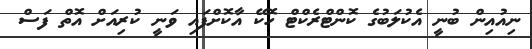
ނިއުއިން ބުނީ އެކުލަބުގެ ކޮންޓްރެކްޓް ހޮކޭ އާކޮށްފައި ވަނީ ކުރިއަށް އޮތް ފަސް